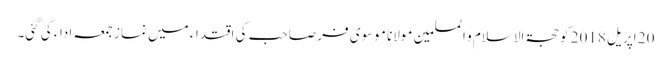
20 اپریل 2018 کو حجۃ الاسلام و المسلمین مولانا موسوی فر صاحب کی اقتداء میں نماز جمعہ ادا‏ء کی گئی۔